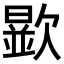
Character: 𣤞